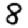
Digit: 8